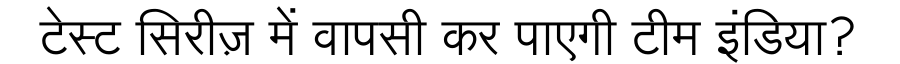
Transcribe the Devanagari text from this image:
टेस्ट सिरीज़ में वापसी कर पाएगी टीम इंडिया?